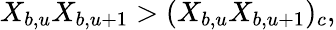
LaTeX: X_{b,u}X_{b,u+1}>(X_{b,u}X_{b,u+1})_{c},